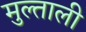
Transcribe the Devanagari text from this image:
मुल्ताली